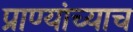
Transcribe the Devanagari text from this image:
प्राण्यांच्याच